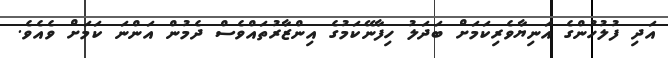
އަދި ފުލުހުންގެ އަނިޔާވެރިކަމަށް ބަދަލު ހިފާނޭކަމުގެ އިންޒާރުތައްވެސް ދެމުން އަންނަ ކަމަށް ވެއެވެ.